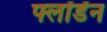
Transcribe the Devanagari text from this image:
फ्लॉडॅन